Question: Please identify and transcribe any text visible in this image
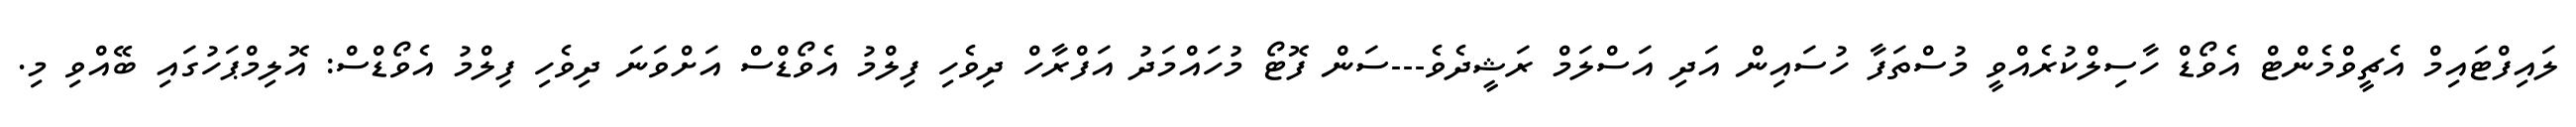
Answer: ލައިފްޓައިމް އެޗީވްމެންޓް އެވޯޑް ހާސިލްކުރެއްވީ މުސްތަފާ ހުސައިން އަދި އަސްލަމް ރަޝީދެވެ---ސަން ފޮޓޯ މުހައްމަދު އަފްރާހް ދިވެހި ފިލްމު އެވޯޑްސް އަށްވަނަ ދިވެހި ފިލްމު އެވޯޑްސް: އޮލިމްޕަހުގައި ބޭއްވި މި.